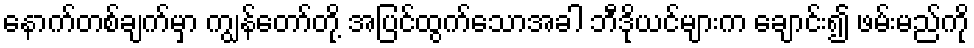
နောက်တစ်ချက်မှာ ကျွန်တော်တို့ အပြင်ထွက်သောအခါ ဘီဒိုယင်များက ချောင်း၍ ဖမ်းမည်ကို